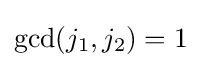
{\text{gcd}}(j_{1},j_{2})=1